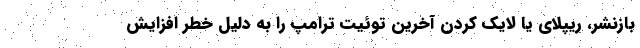
بازنشر، ریپلای یا لایک کردن آخرین توئیت ترامپ را به دلیل خطر افزایش